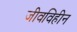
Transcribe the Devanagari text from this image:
जीवविहीन